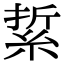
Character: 䋢